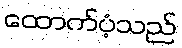
ထောက်ပံ့သည်